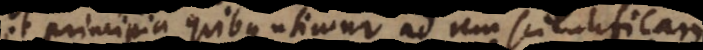
et principia quibus utimur ad rem scientificam